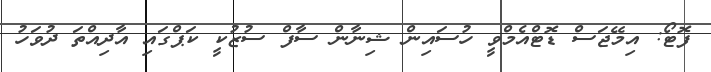
ފޮޓޯ: އިމޭޖަސް ޑޮޓްއެމްވީ ހުސައިން ޝިނާން ސާފް ސުޒުކީ ކަޕްގައި އާދިއްތަ ދުވަހު